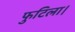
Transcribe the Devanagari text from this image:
फुटिला।